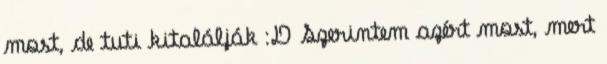
most, de tuti kitalálják :D Szerintem azért most, mert